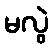
မလွဲ